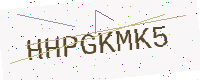
Text: HHPGKMK5